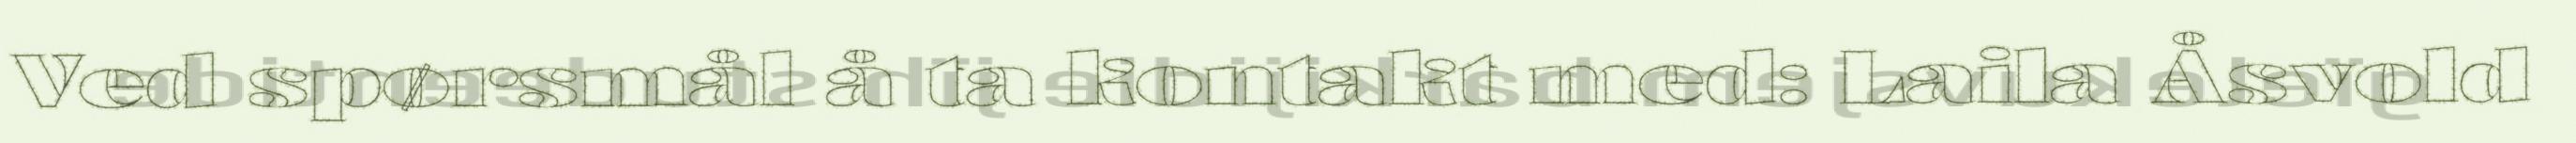
Ved spørsmål å ta kontakt med: Laila Åsvold